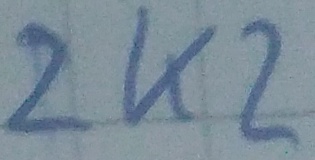
Text: 2k2